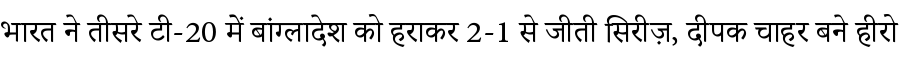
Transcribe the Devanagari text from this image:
भारत ने तीसरे टी-20 में बांग्लादेश को हराकर 2-1 से जीती सिरीज़, दीपक चाहर बने हीरो